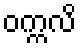
ဝက္ကလိ